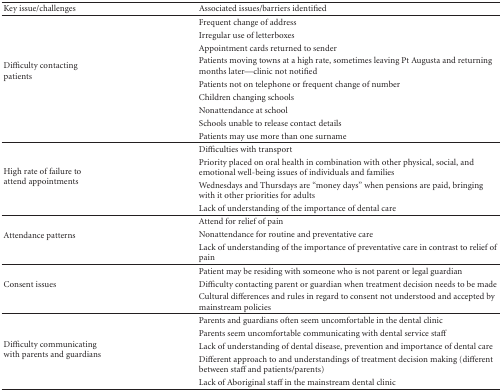
<table><thead><tr><td><b>Key issue/challenges</b></td><td><b>Associated issues/barriers identified</b></td></tr></thead><tbody><tr><td rowspan="9">Difficulty contacting patients</td><td>Frequent change of address</td></tr><tr><td>Irregular use of letterboxes</td></tr><tr><td>Appointment cards returned to sender</td></tr><tr><td>Patients moving towns at a high rate, sometimes leaving Pt Augusta and returning months later—clinic not notified</td></tr><tr><td>Patients not on telephone or frequent change of number</td></tr><tr><td>Children changing schools</td></tr><tr><td>Nonattendance at school</td></tr><tr><td>Schools unable to release contact details</td></tr><tr><td>Patients may use more than one surname</td></tr><tr><td rowspan="4">High rate of failure to attend appointments</td><td>Difficulties with transport</td></tr><tr><td>Priority placed on oral health in combination with other physical, social, and emotional well-being issues of individuals and families</td></tr><tr><td>Wednesdays and Thursdays are “money days” when pensions are paid, bringing with it other priorities for adults</td></tr><tr><td>Lack of understanding of the importance of dental care</td></tr><tr><td rowspan="3">Attendance patterns</td><td>Attend for relief of pain</td></tr><tr><td>Nonattendance for routine and preventative care</td></tr><tr><td>Lack of understanding of the importance of preventative care in contrast to relief of pain</td></tr><tr><td rowspan="3">Consent issues</td><td>Patient may be residing with someone who is not parent or legal guardian</td></tr><tr><td>Difficulty contacting parent or guardian when treatment decision needs to be made</td></tr><tr><td>Cultural differences and rules in regard to consent not understood and accepted by mainstream policies </td></tr><tr><td rowspan="5">Difficulty communicating with parents and guardians</td><td>Parents and guardians often seem uncomfortable in the dental clinic</td></tr><tr><td>Parents seem uncomfortable communicating with dental service staff</td></tr><tr><td>Lack of understanding of dental disease, prevention and importance of dental care</td></tr><tr><td>Different approach to and understandings of treatment decision making (different between staff and patients/parents)</td></tr><tr><td>Lack of Aboriginal staff in the mainstream dental clinic</td></tr></tbody></table>